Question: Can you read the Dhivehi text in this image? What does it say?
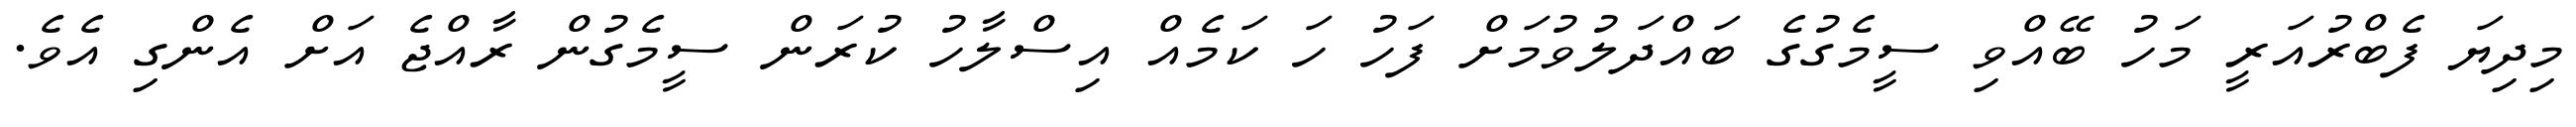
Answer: މިދިޔަ ފެބްރުއަރީ މަހު ބޭއްވި ސީމެގުގެ ބައްދަލުވުމަށް ފަހު ހަ ކަމެއް އިސްލާހު ކުރަން ސީމެގުން ރާއްޖެ އަށް އެންގި އެވެ.